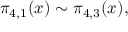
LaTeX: \pi _ { 4 , 1 } ( x ) \sim \pi _ { 4 , 3 } ( x ) ,